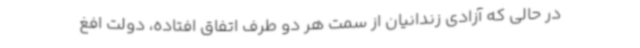
در حالی که آزادی زندانیان از سمت هر دو طرف اتفاق افتاده، دولت افغ